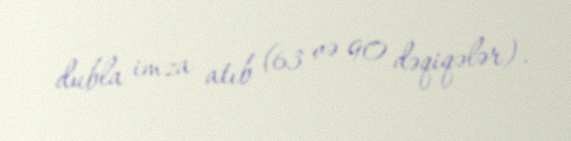
dubla imza atıb (63 və 90 dəqiqələr).